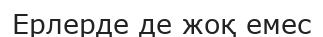
Ерлерде де жоқ емес